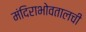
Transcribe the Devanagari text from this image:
मंदिराभोवतालची